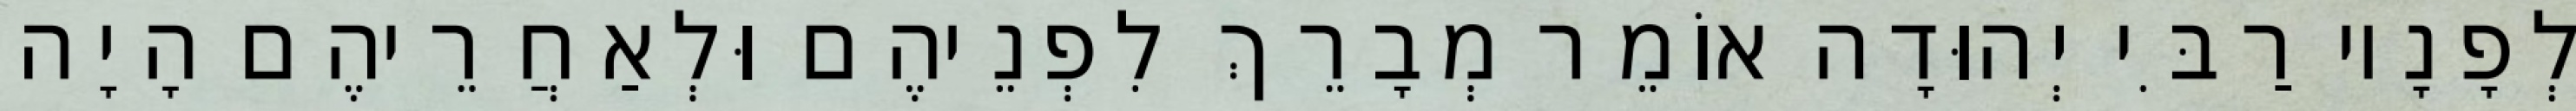
לְפָנָיו רַבִּי יְהוּדָה אוֹמֵר מְבָרֵךְ לִפְנֵיהֶם וּלְאַחֲרֵיהֶם הָיָה